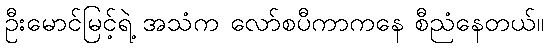
ဦးမောင်မြင့်ရဲ့ အသံက လော်စပီကာကနေ စီညံနေတယ်။